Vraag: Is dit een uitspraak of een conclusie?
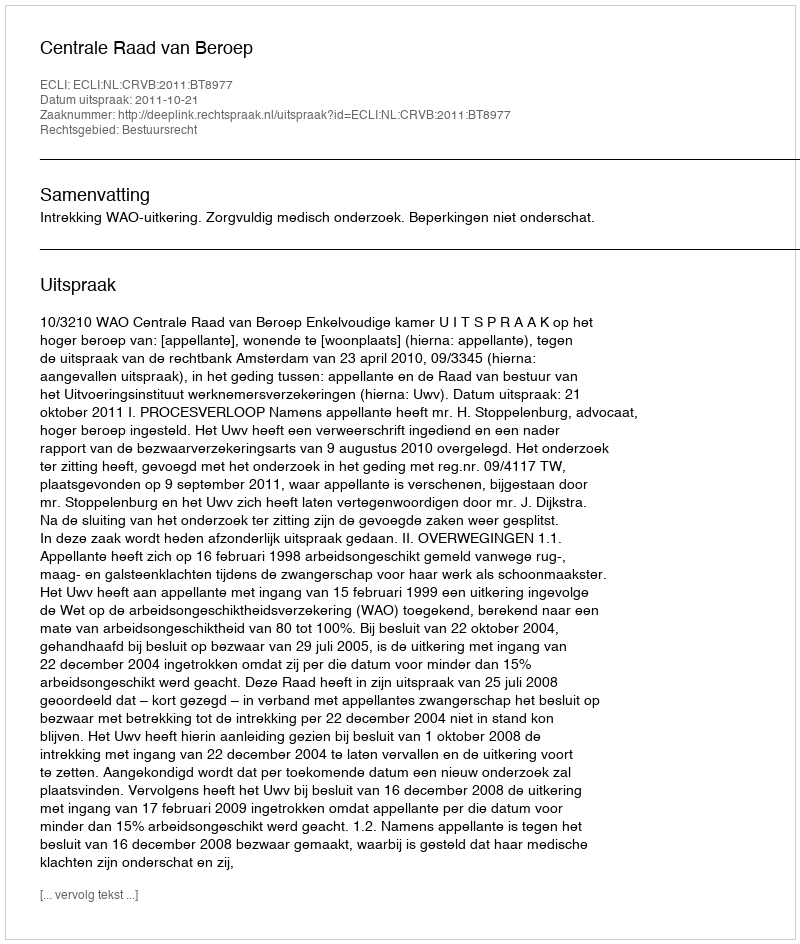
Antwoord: Uitspraak